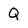
Character: Q